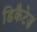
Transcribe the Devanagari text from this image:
डिकैटेज़